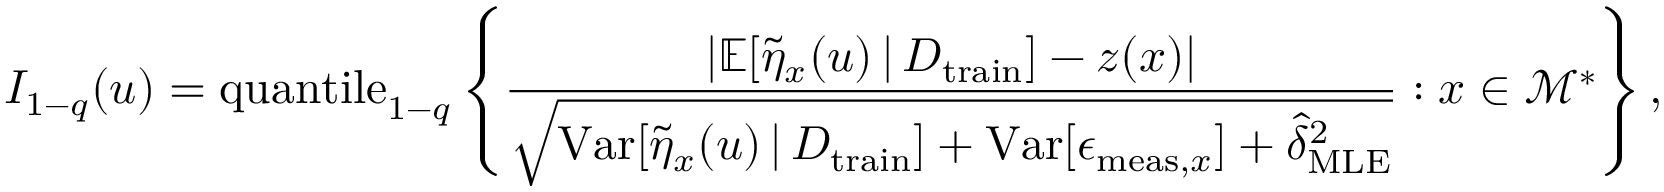
I _ { 1 - q } ( u ) = \mathrm { q u a n t i l e } _ { 1 - q } \left\{ \frac { \lvert \mathbb { E } [ \Tilde { \eta } _ { x } ( u ) \, \vert \, D _ { \mathrm { t r a i n } } ] - z ( x ) \rvert } { \sqrt { \mathrm { V a r } [ \Tilde { \eta } _ { x } ( u ) \, \vert \, D _ { \mathrm { t r a i n } } ] + \mathrm { V a r } [ \epsilon _ { \mathrm { m e a s } , x } ] + \hat { \delta } _ { \mathrm { M L E } } ^ { 2 } } } : x \in \mathcal { M } ^ { * } \right\} ,